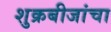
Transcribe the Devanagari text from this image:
शुक्रबीजांचा